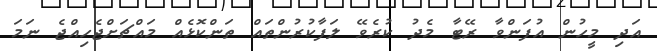
އަދި މީހުން އުފަންވާ ރޭޓާ މެދު ކުރެވޭ ލަފާކުރުންތައް ތަންކޮޅެއް މައްޗަށްޖެހިއްޖެ ނަމަ